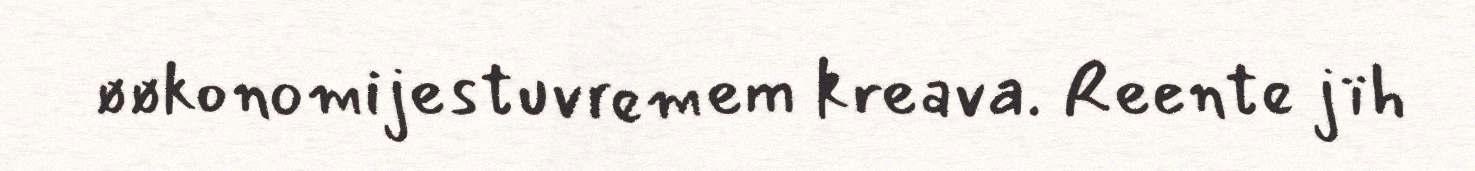
øøkonomijestuvremem kreava. Reente jïh